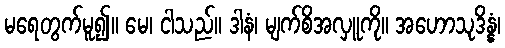
မရေတွက်မူ၍။ မေ၊ ငါသည်။ ဒါနံ၊ မျက်စိအလှူကို။ အဟောသုဒိန္နံ၊